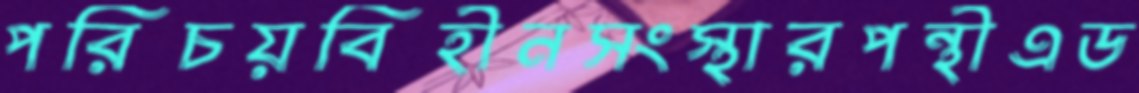
পরিচয়বিহীনসংস্থারপন্থীএড